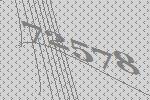
72578